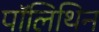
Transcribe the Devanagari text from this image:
पॉलिथिन